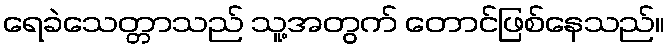
ရေခဲသေတ္တာသည် သူ့အတွက် တောင်ဖြစ်နေသည်။